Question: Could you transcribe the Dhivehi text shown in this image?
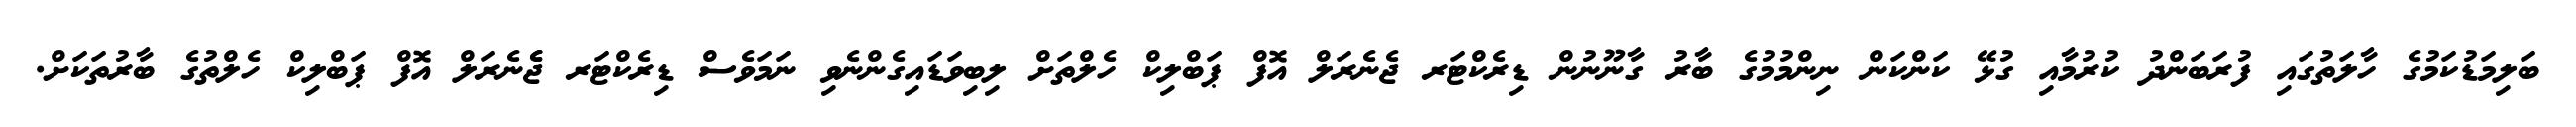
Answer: ބަލިމަޑުކަމުގެ ހާލަތުގައި ފުރަބަންދު ކުރުމާއި ގުޅޭ ކަންކަން ނިންމުމުގެ ބާރު ގާނޫނުން ޑިރެކްޓަރ ޖެނެރަލް އޮފް ޕަބްލިކް ހެލްތަށް ލިބިވަޑައިގެންނެވި ނަމަވެސް ޑިރެކްޓަރ ޖެެނެރަލް އޮފް ޕަބްލިކް ހެލްތުގެ ބާރުތަކަށް.